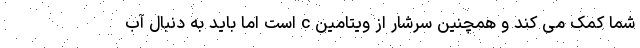
شما کمک می کند و همچنین سرشار از ویتامین c است اما باید به دنبال آب